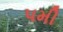
પમી